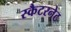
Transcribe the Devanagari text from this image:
स्कैटरनेट